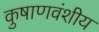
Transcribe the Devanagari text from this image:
कुषाणवंशीय